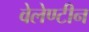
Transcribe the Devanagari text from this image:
वेलेण्टीन